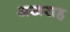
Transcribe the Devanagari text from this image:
अखराह